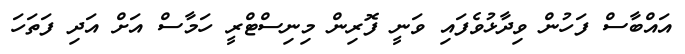
އައްބާސް ފަހުން ވިދާޅުވެފައި ވަނީ ފޮރިން މިނިސްޓްރީ ހަމާސް އަށް އަދި ފަތަހަ